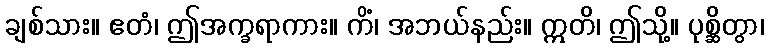
ချစ်သား။ ဧတံ၊ ဤအက္ခရာကား။ ကိံ၊ အဘယ်နည်း။ ဣတိ၊ ဤသို့။ ပုစ္ဆိတွာ၊